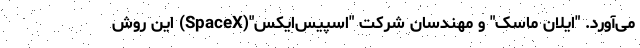
می‌آورد. "ایلان ماسک" و مهندسان شرکت "اسپیس‌ایکس"(SpaceX) این روش